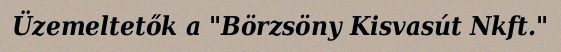
Üzemeltetők a "Börzsöny Kisvasút Nkft."